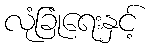
လုံခြုံရေးနှင့်